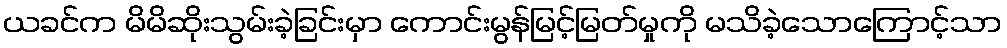
ယခင်က မိမိဆိုးသွမ်းခဲ့ခြင်းမှာ ကောင်းမွန်မြင့်မြတ်မှုကို မသိခဲ့သောကြောင့်သာ